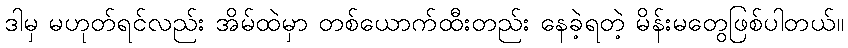
ဒါမှ မဟုတ်ရင်လည်း အိမ်ထဲမှာ တစ်ယောက်ထီးတည်း နေခဲ့ရတဲ့ မိန်းမတွေဖြစ်ပါတယ်။